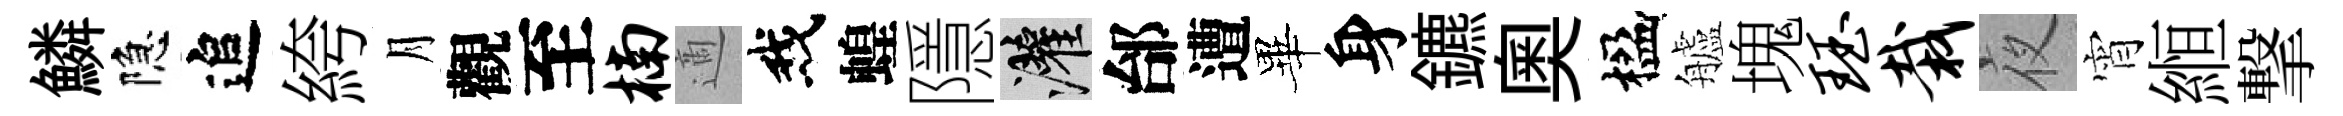
鱗隐追絝月觀至楠適我蝗隱灌邰遭畢身鑣奥楹艫塊珏栽夜宵縆撃